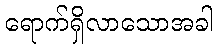
ရောက်ရှိလာသောအခါ